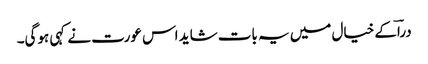
دراؔکے خیال میں یہ بات شاید اس عورت نے کہی ہوگی۔